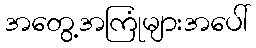
အတွေ့အကြုံများအပေါ်